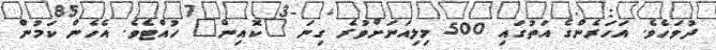
ދުވަހެވެ. އަހަރެންގެ އަތުގައި 500 މިލިއަނަށްވުރެ ގިނަ "ކޮއިން" ހުއްޓެވެ. އެހެން ކަމުން